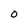
Character: o